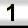
Digit: 1